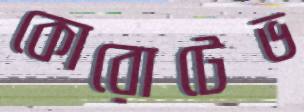
কোরোটেভ